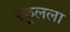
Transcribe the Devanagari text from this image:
स्कूलला